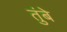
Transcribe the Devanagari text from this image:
तुंबे